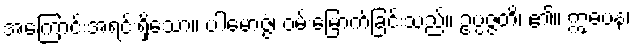
အကြောင်းအရင်းရှိသော။ ပါမောဇ္ဇံ၊ ဝမ်းမြောက်ခြင်းသည်။ ဥပ္ပဇ္ဇတိ၊ ၏။ ဣဓပန၊